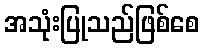
အသုံးပြုသည်ဖြစ်စေ